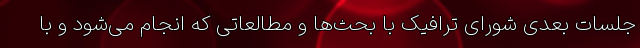
جلسات بعدی شورای ترافیک با بحث‌ها و مطالعاتی که انجام می‌شود و با